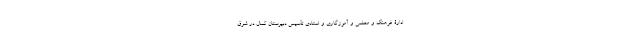
ادارۀ فرهنگ و معلمی و آموزگاری و استادی تأسیس دبیرستان کمال در شرق